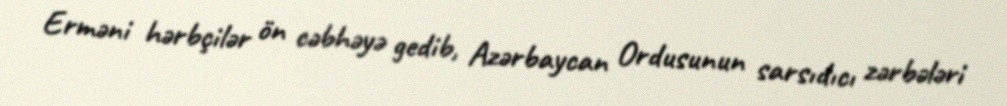
Erməni hərbçilər ön cəbhəyə gedib, Azərbaycan Ordusunun sarsıdıcı zərbələri